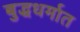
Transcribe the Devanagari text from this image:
बुद्धधर्मात